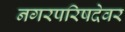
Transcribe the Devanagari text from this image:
नगरपरिषदेवर